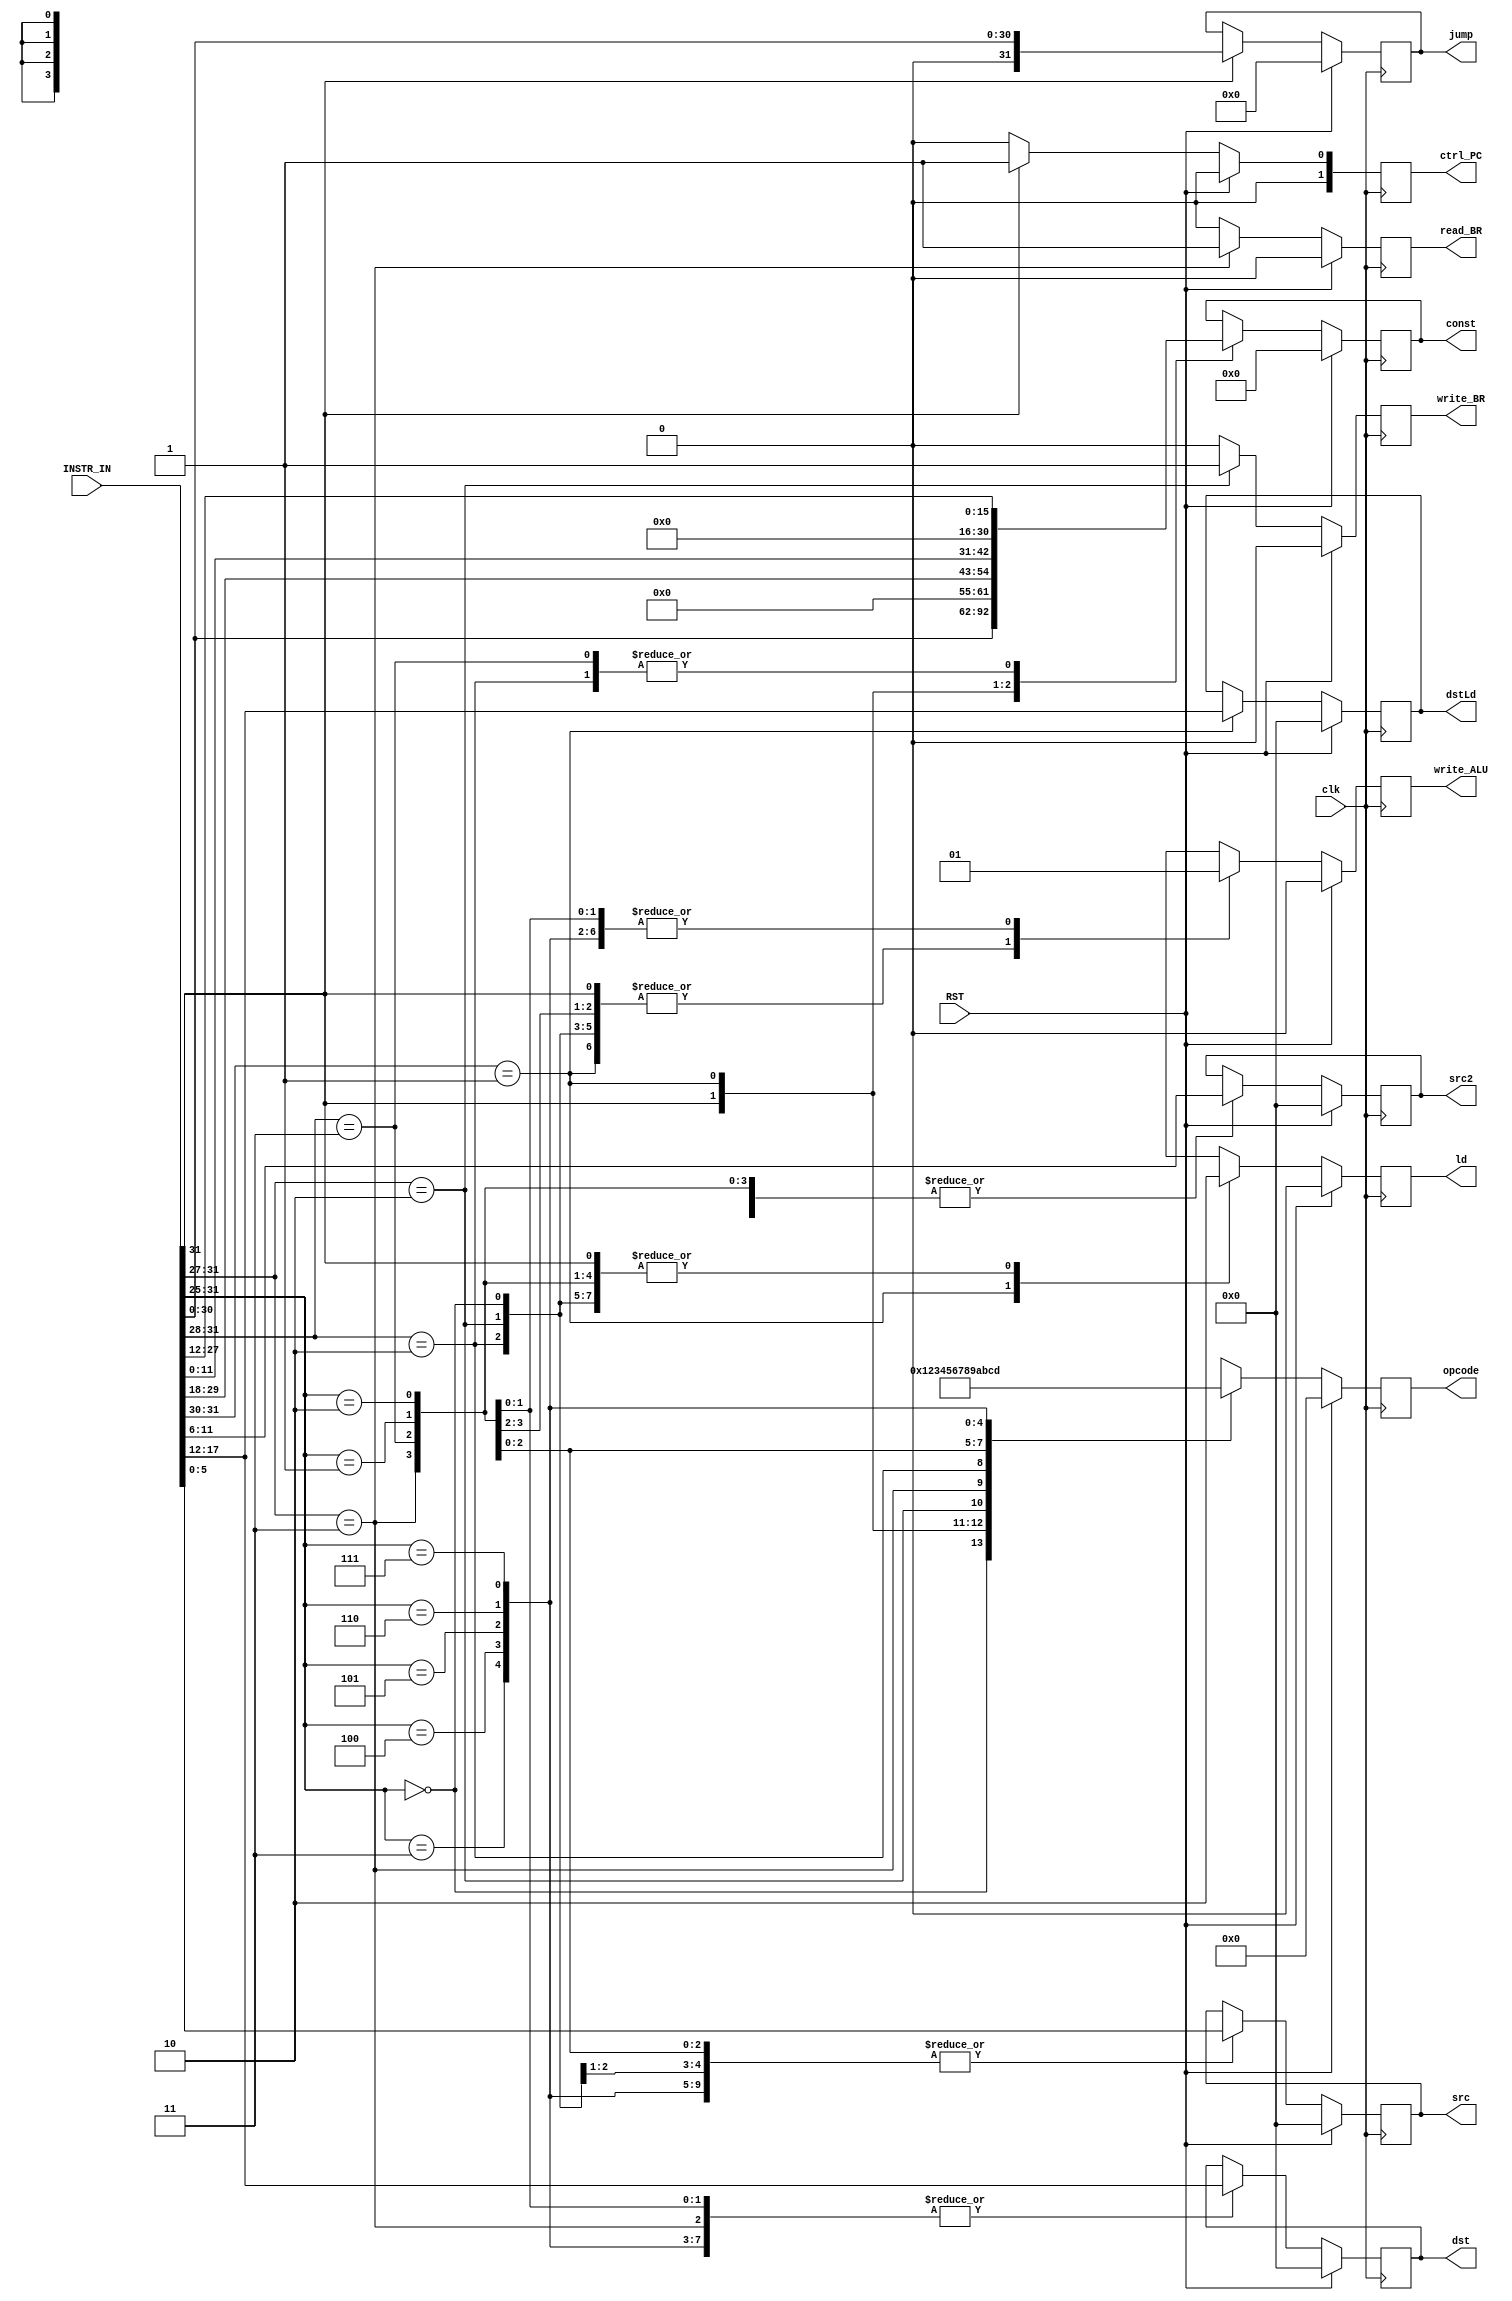
module decoder(
	input wire [31:0] INSTR_IN,
	input wire clk,
	input wire RST,
	output reg [5:0] dst,
	output reg [5:0] dstLd,
	output reg [5:0] src,
	output reg [5:0] src2,
	output reg [30:0] const,
	output reg [3:0] opcode,
	output reg [31:0] jump,
	output reg [1:0] ctrl_PC,
	output reg write_BR,
	output reg read_BR,
	output reg write_ALU,
	output reg ld
);

always @(posedge clk)
begin
    if(!RST)
    begin
        write_BR <= 0;
        ld = 0;
        write_ALU = 0;
        read_BR <= 0;
        ctrl_PC <= 0;
        casex(INSTR_IN[31:25])
            7'b0000000:     // NOP
                begin
                    opcode <= 0;
	        	end
            7'b1XXXXXX:     // JMP
                begin
                    opcode <= 1;
                    const <= INSTR_IN[30:0];
                    jump <= {1'b0,INSTR_IN[30:0]};
                    ctrl_PC <= 1;
                end
            7'b01XXXXX:     // LD
                begin   
                    opcode <= 2;
                    const <= {6'b0,INSTR_IN[29:18], INSTR_IN[11:0]};
                    dstLd <= INSTR_IN[17:12];
                    ld = 1;
                end
            7'b00010XX:     // WR
                begin
                    opcode <= 3;
	    		    src <= INSTR_IN [5:0];
                    src2 <= INSTR_IN [11:6];
                    write_BR <= 1;
                end
            7'b00011XX:     // RD
                begin
                    opcode <= 4;
                    src2 <= INSTR_IN [11:6];
                    dst <= INSTR_IN [17:12];
                    read_BR <= 1;
                end
            7'b0010XXX:     // BEQ
                begin
                    opcode <= 5;
                    const <= INSTR_IN[27:12];
                    src2 <= INSTR_IN[11:6];
                    src <= INSTR_IN[5:0];
                end
            7'b0011XXX:     // BNE
                begin
                    opcode <= 6;
                    const <= INSTR_IN[27:12];
                    src2 <= INSTR_IN[11:6];
                    src <= INSTR_IN[5:0];
                end
            // ALU INSTRUCTION DECODERING
            7'b0000001:     // ADD
                begin
                    opcode <= 7;
                    src <= INSTR_IN[5:0];
                    src2 <= INSTR_IN[11:6];
                    dst <= INSTR_IN[17:12];
                    write_ALU = 1;
                end
            7'b0000010:     // SUB
                begin
                    opcode <= 8;
                    src <= INSTR_IN[5:0];
                    src2 <= INSTR_IN[11:6];
                    dst <= INSTR_IN[17:12];
                    write_ALU = 1;
                end
            7'b0000011:     // AND
                begin
                    opcode <= 9;
                    src <= INSTR_IN[5:0];
                    src2 <= INSTR_IN[11:6];
                    dst <= INSTR_IN[17:12];
                    write_ALU = 1;
                end
            7'b0000100:     // OR
                begin
                    opcode <= 10;
                    src <= INSTR_IN[5:0];
                    src2 <= INSTR_IN[11:6];
                    dst <= INSTR_IN[17:12];
                    write_ALU = 1;
                end
            7'b0000101:     // XOR
                begin
                    opcode <= 11;
                    src <= INSTR_IN[5:0];
                    src2 <= INSTR_IN[11:6];
                    dst <= INSTR_IN[17:12];
                    write_ALU = 1;
                end
            7'b0000110:     // SHROL
                begin
                    opcode <= 12;
                    src <= INSTR_IN[5:0];
                    src2 <= INSTR_IN[11:6];
                    dst <= INSTR_IN[17:12];
                    write_ALU = 1;
                end
            7'b0000111:     // SHROR
                begin
                    opcode <= 13;
                    src <= INSTR_IN[5:0];
                    src2 <= INSTR_IN[11:6];
                    dst <= INSTR_IN[17:12];
                    write_ALU = 1;
                end
            default: begin end
            // END ALU INSTRUCTION DECODERING
        endcase
    end else begin
        write_BR <= 0;
        ld = 0;
        write_ALU = 0;
        read_BR <= 0;
        ctrl_PC <= 0;
        opcode <= 4'b0;
        src <= 6'b0;
        src2 <= 6'b0;
        dst <= 6'b0;
        dstLd <= 6'b0;
        jump <= 30'b0;
        const <= 30'b0;
    end
end

endmodule